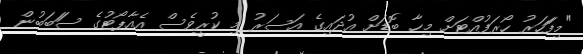
"މިފަަހަރު ހޯރަފުއްޓަށް މިހާ ބޮޑަށް އުދައިގެ އަސަރު މި ކުރީވެސް އެއާޕޯޓުގެ ސަަބަބުން